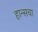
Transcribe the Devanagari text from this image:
हान्सचा